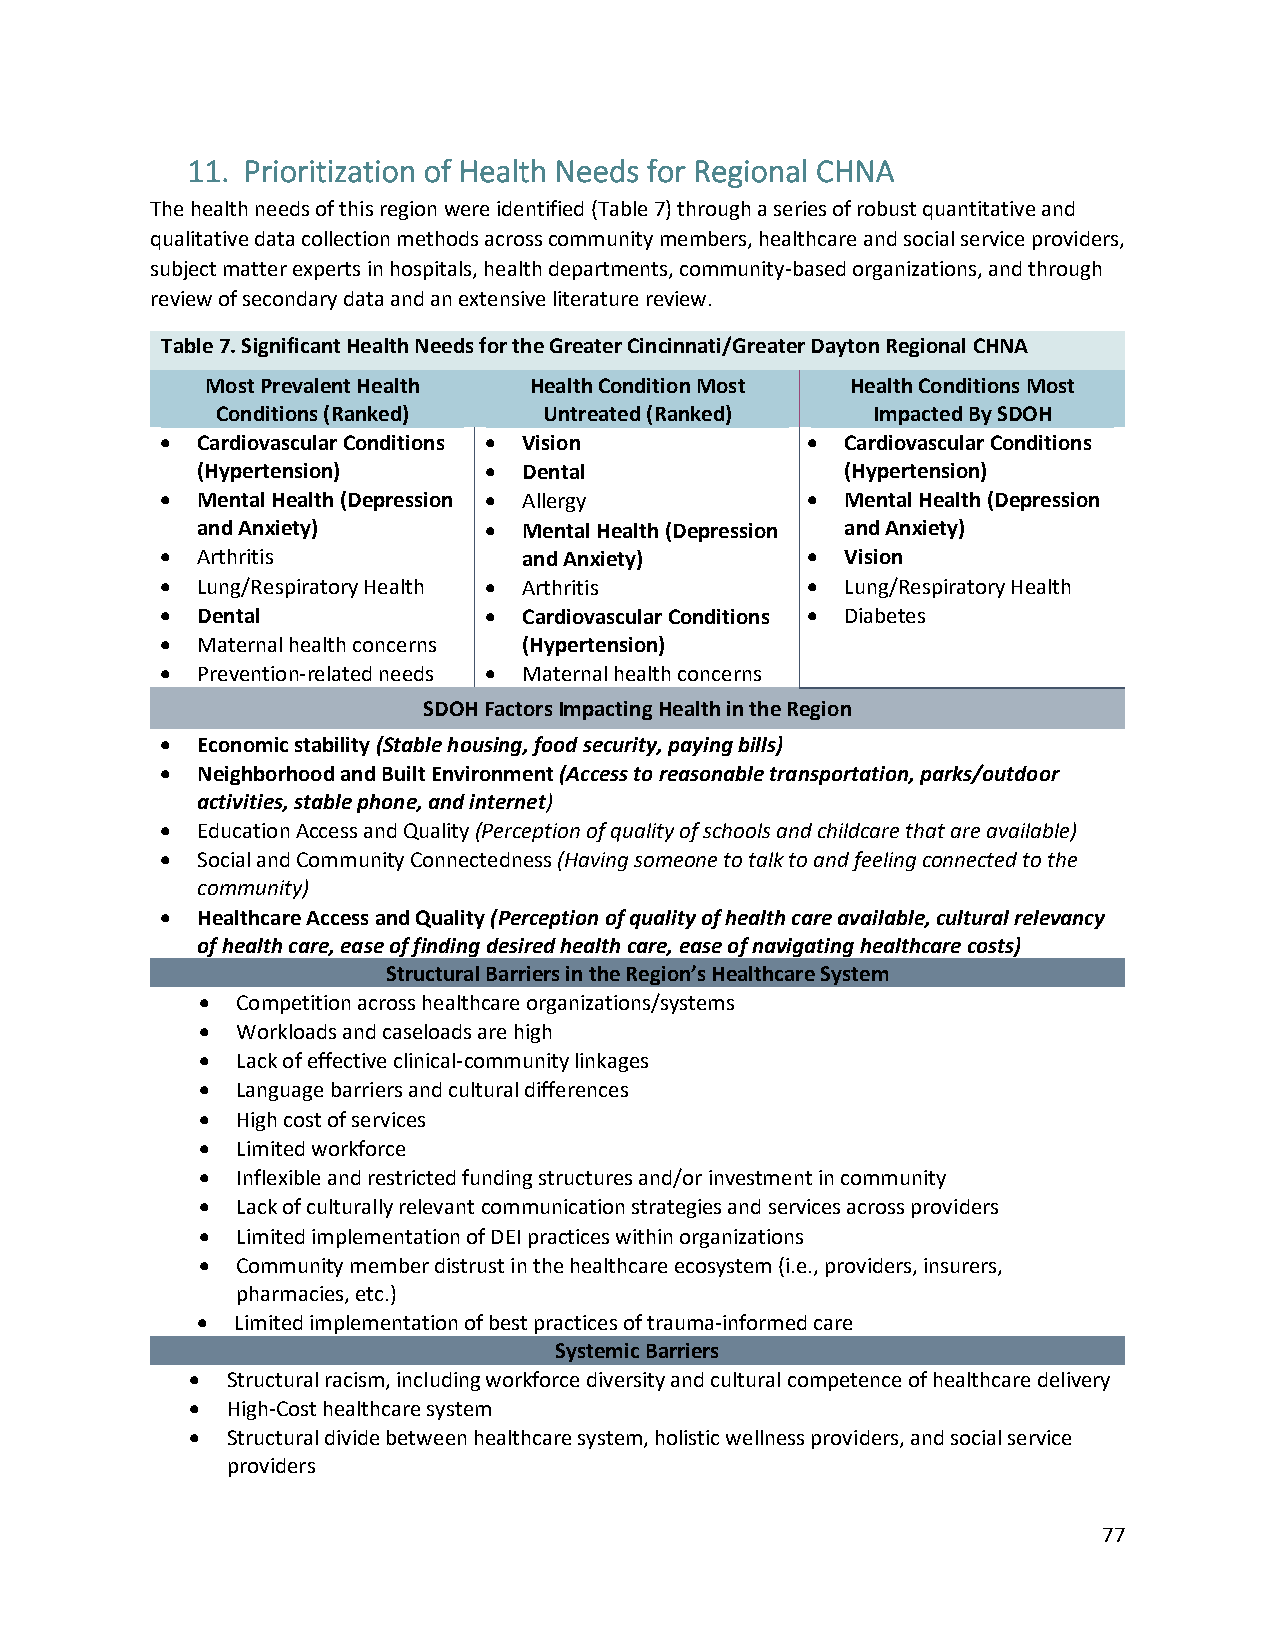
11. Prioritization of Health Needs for Regional CHNA
 The health needs of this region were identified (Table 7) through a series of robust quantitative and
 qualitative data collection methods across community members, healthcare and social service providers,
 subject matter experts in hospitals, health departments, community-based organizations, and through
 review of secondary data and an extensive literature review.
 Table 7. Significant Health Needs for the Greater Cincinnati/Greater Dayton Regional CHNA
 Most Prevalent Health Health Condition Most Health Conditions Most
 Conditions (Ranked)   Untreated (Ranked)    Impacted By SDOH
 • Cardiovascular Conditions • Vision      •  Cardiovascular Conditions
 (Hypertension)     •  Dental               (Hypertension)
 • Mental Health (Depression • Allergy     •  Mental Health (Depression
 and Anxiety)       •  Mental Health (Depression and Anxiety)
 • Arthritis             and Anxiety)      •  Vision
 • Lung/Respiratory Health • Arthritis     •  Lung/Respiratory Health
 • Dental             •  Cardiovascular Conditions • Diabetes
 • Maternal health concerns (Hypertension)
 • Prevention-related needs • Maternal health concerns
 SDOH Factors Impacting Health in the Region
 • Economic stability (Stable housing, food security, paying bills)
 • Neighborhood and Built Environment (Access to reasonable transportation, parks/outdoor
 activities, stable phone, and internet)
 • Education Access and Quality (Perception of quality of schools and childcare that are available)
 • Social and Community Connectedness (Having someone to talk to and feeling connected to the
 community)
 • Healthcare Access and Quality (Perception of quality of health care available, cultural relevancy
 of health care, ease of finding desired health care, ease of navigating healthcare costs)
 Structural Barriers in the Region’s Healthcare System
 •  Competition across healthcare organizations/systems
 •  Workloads and caseloads are high
 •  Lack of effective clinical-community linkages
 •  Language barriers and cultural differences
 •  High cost of services
 •  Limited workforce
 •  Inflexible and restricted funding structures and/or investment in community
 •  Lack of culturally relevant communication strategies and services across providers
 •  Limited implementation of DEI practices within organizations
 •  Community member distrust in the healthcare ecosystem (i.e., providers, insurers,
 pharmacies, etc.)
 •  Limited implementation of best practices of trauma-informed care
 Systemic Barriers
 • Structural racism, including workforce diversity and cultural competence of healthcare delivery
 • High-Cost healthcare system
 • Structural divide between healthcare system, holistic wellness providers, and social service
 providers
 77